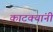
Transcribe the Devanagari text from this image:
काटक्यांनी